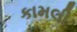
કામલી